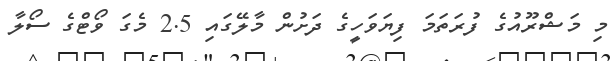
މި މަޝްރޫއުގެ ފުރަތަމަ ފިޔަވަހީގެ ދަށުން މާލޭގައި 2.5 މެގަ ވޯޓްގެ ސޯލާ